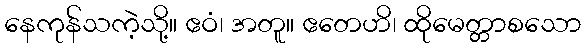
နေကုန်သကဲ့သို့။ ဧဝံ၊ အတူ။ ဧတေဟိ၊ ထိုမေတ္တာစသော